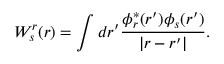
W _ { s } ^ { r } ( \boldsymbol { r } ) = \int d \boldsymbol { r } ^ { \prime } \frac { \phi _ { r } ^ { * } ( \boldsymbol { r } ^ { \prime } ) \phi _ { s } ( \boldsymbol { r } ^ { \prime } ) } { | \boldsymbol { r } - \boldsymbol { r } ^ { \prime } | } .